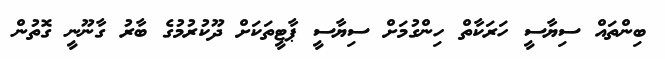
ބިންތައް ސިޔާސީ ހަރަކާތް ހިންގުމަށް ސިޔާސީ ޕާޓީތަކަށް ދޫކުރުމުގެ ބާރު ގާނޫނީ ގޮތުން